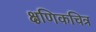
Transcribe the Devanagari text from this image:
क्षणिकचित्र